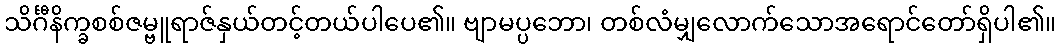
သိင်္ဂီနိက္ခစစ်ဇမ္ဗူရာဇ်နှယ်တင့်တယ်ပါပေ၏။ ဗျာမပ္ပဘော၊ တစ်လံမျှလောက်သောအရောင်တော်ရှိပါ၏။